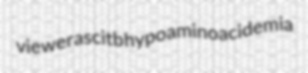
viewer ascitb hypoaminoacidemia